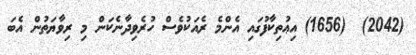
(2042)  (1656) އިޢުތިކާފުގައި އެންމެ ރެއަކުވެސް ހުރެވިދާނެކަން މި ރިވާޔަތުން އެބަ